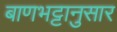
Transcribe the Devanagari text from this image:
बाणभट्टानुसार